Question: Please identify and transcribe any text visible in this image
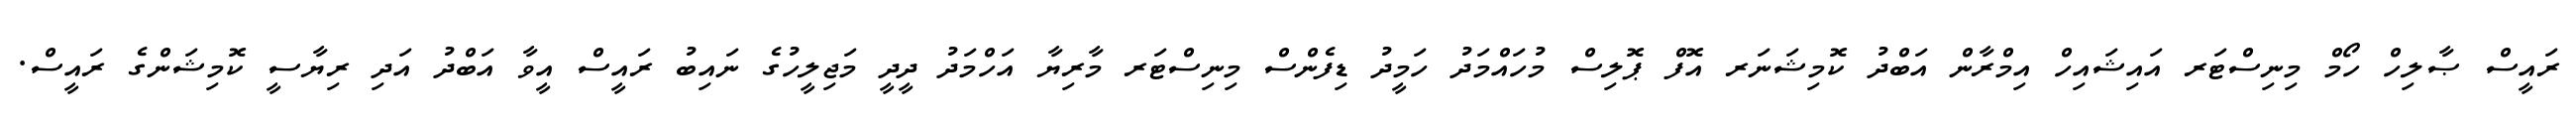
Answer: ރައީސް ޞާލިހް ހޯމް މިނިސްޓަރ އައިޝައިހް އިމްރާން އަބްދު ކޮމިޝަނަރ އޮފް ޕޮލިސް މުހައްމަދު ހަމީދު ޑިފެންސް މިނިސްޓަރ މާރިޔާ އަހްމަދު ދީދީ މަޖިލީހުގެ ނައިބު ރައީސް އީވާ އަބްދު އަދި ރިޔާސީ ކޮމިޝަންގެ ރައީސް.